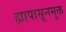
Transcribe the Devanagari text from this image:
ह्यापासूनमुक्त